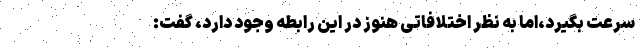
سرعت بگیرد،اما به نظر اختلافاتی هنوز در این رابطه وجود دارد، گفت: